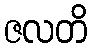
ဇလတိ